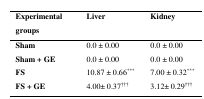
<table><thead><tr><td><b>Experimental groups</b></td><td><b>Liver</b></td><td><b>Kidney</b></td></tr></thead><tbody><tr><td>Sham</td><td>0.0 ± 0.00</td><td>0.0 ± 0.00</td></tr><tr><td>Sham + GE</td><td>0.0 ± 0.00</td><td>0.0 ± 0.00</td></tr><tr><td>FS</td><td>10.87 ± 0.66<sup>***</sup></td><td>7.00 ± 0.32<sup>***</sup></td></tr><tr><td>FS + GE</td><td>4.00± 0.37<sup>†††</sup></td><td>3.12± 0.29<sup>†††</sup></td></tr></tbody></table>